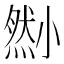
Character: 𡮫